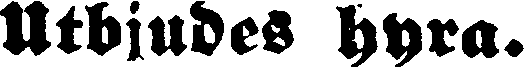
Utbjudes hyra.